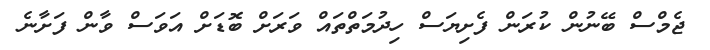
ޖެމްސް ބޭނުން ކުރަން ފެށިޔަސް ހިދުމަތްތައް ވަރަށް ބޮޑަށް އަވަސް ވާން ފަށާނެ